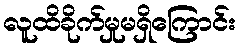
လူထိခိုက်မှုမရှိကြောင်း